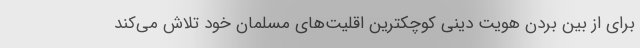
برای از بین بردن هویت دینی کوچکترین اقلیت‌های مسلمان خود تلاش می‌کند